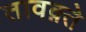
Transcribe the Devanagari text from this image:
तावक़्ते